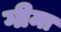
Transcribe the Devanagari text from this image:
गीमा